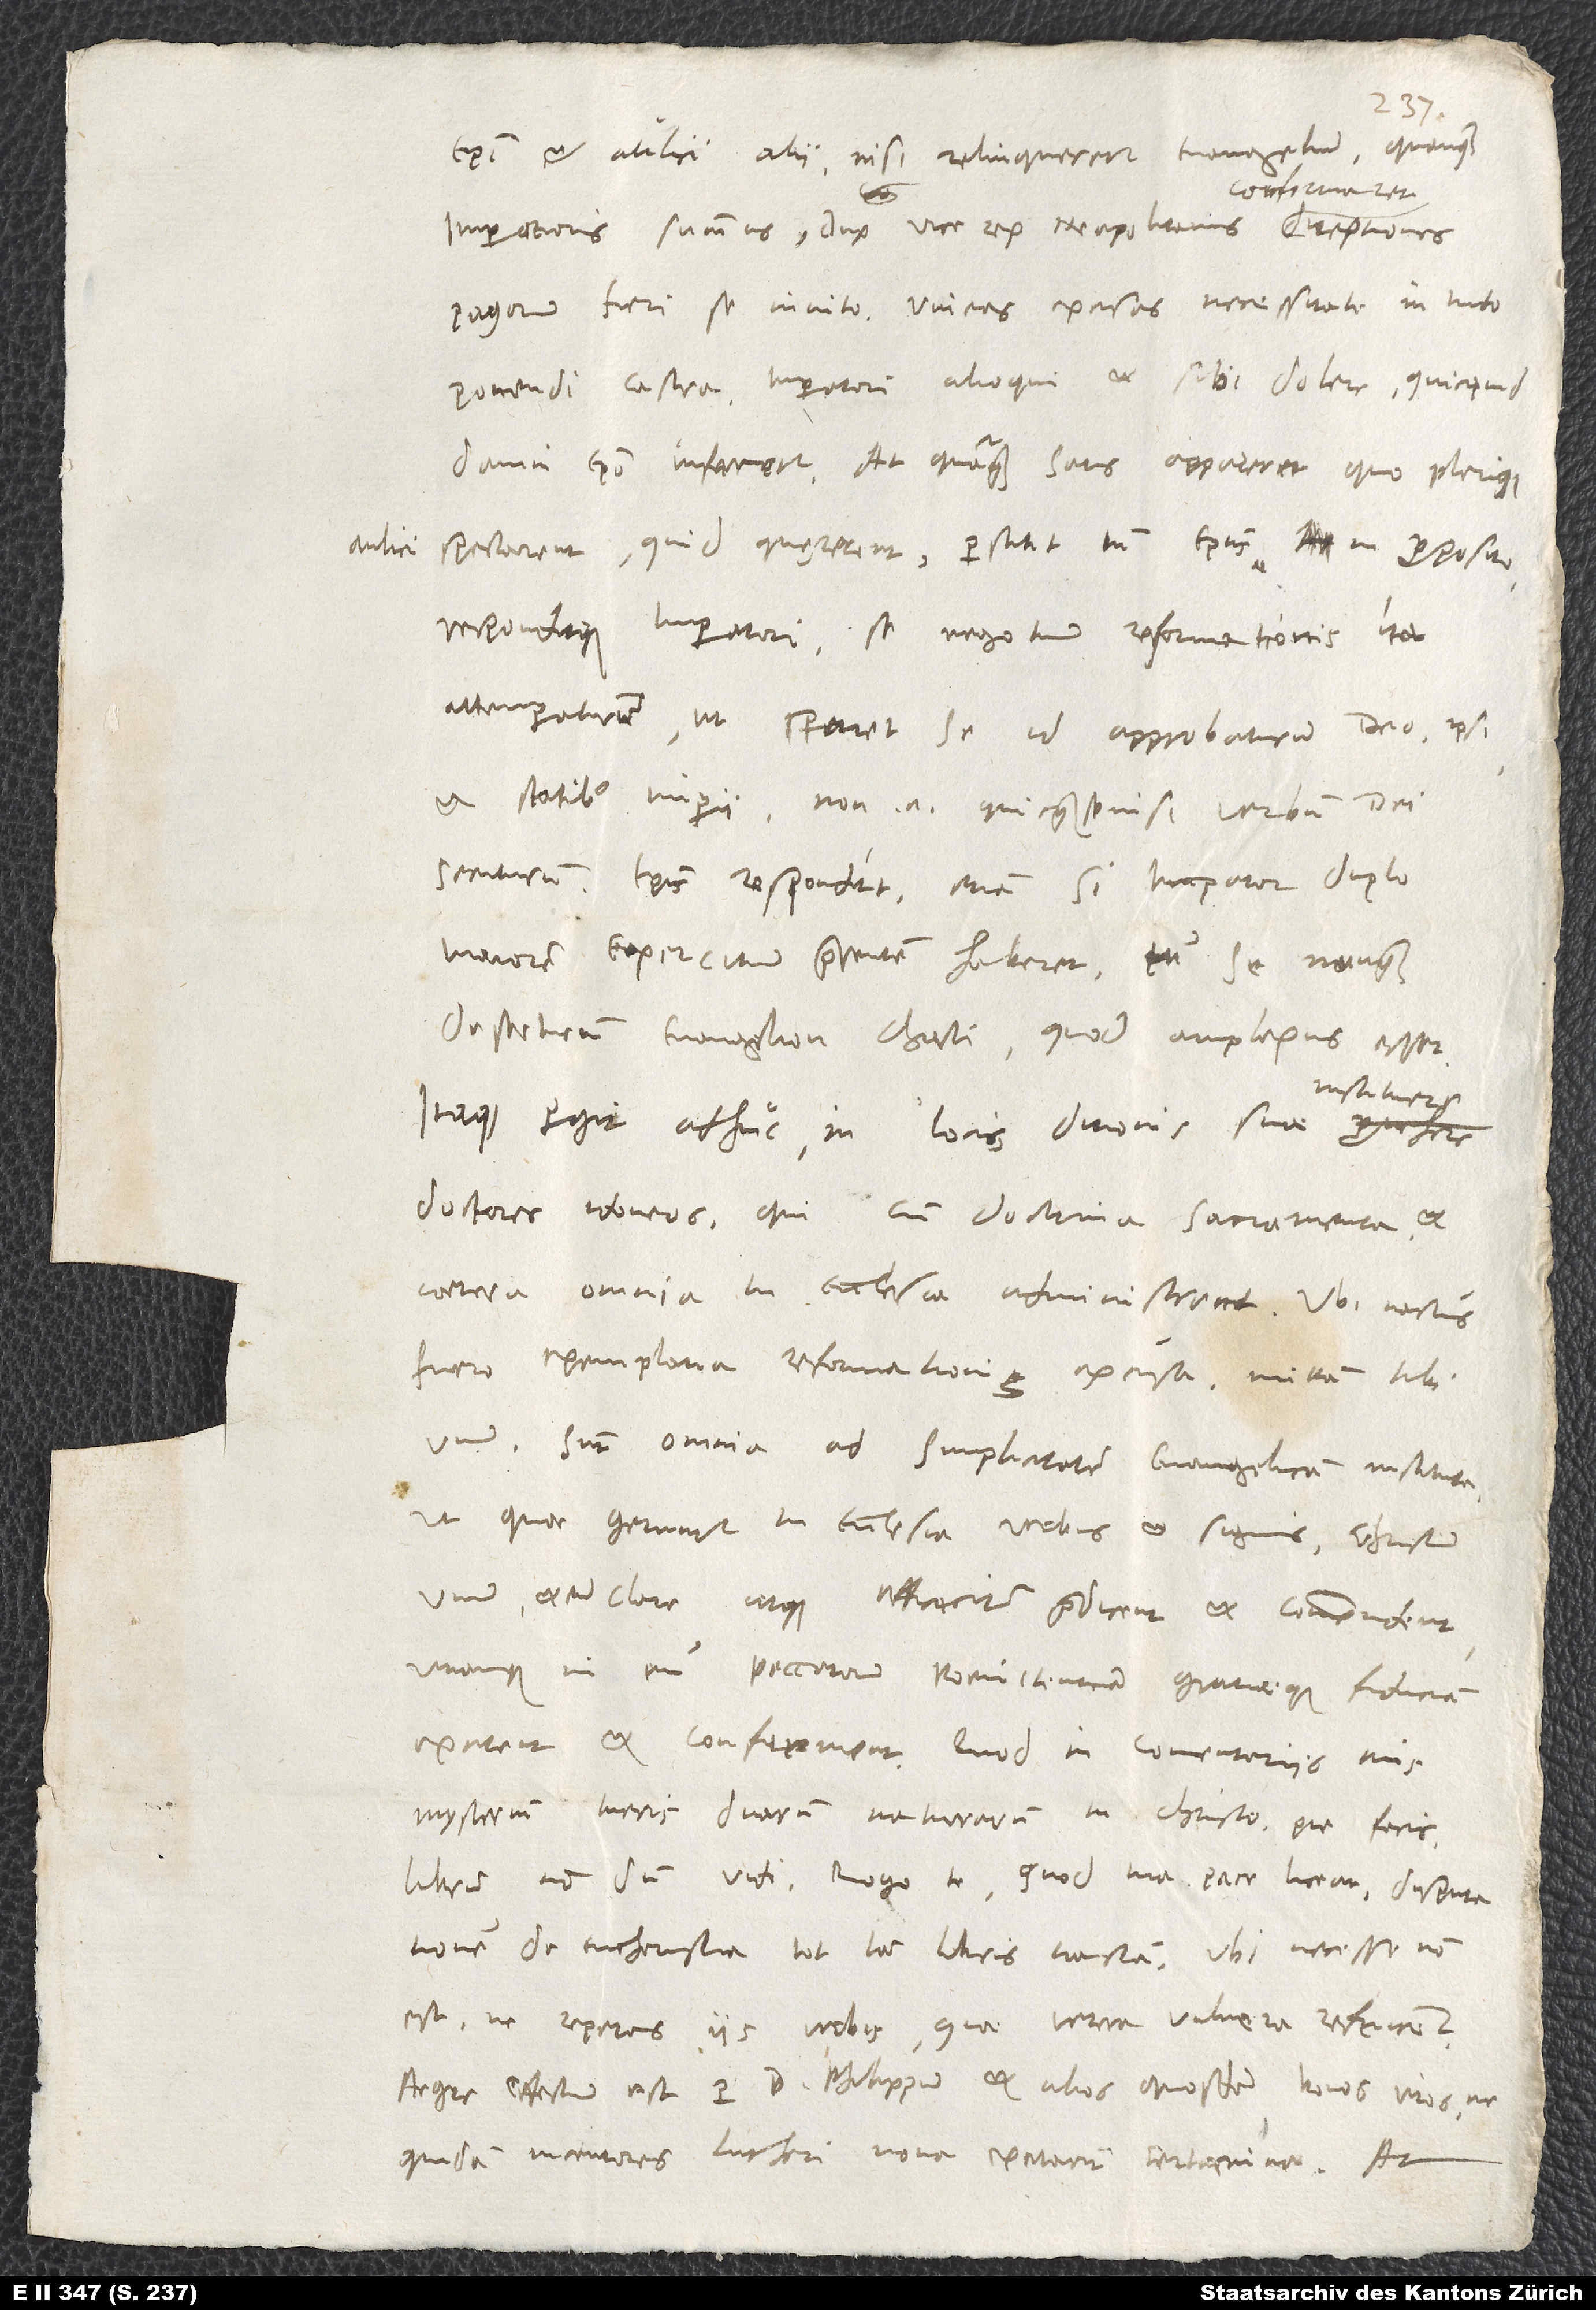
aulici

episcopi et aulici alii, nisi relinqueretur evangelium, quanquam
confirmaret
pagorum fieri se invito, vineas excisas necessitate in tuto
ponendi castra, imperatori alioqui et sibi dolere, quicquid
damni episcopo inferretur. At quanquam satis appareret, quo plerique
spectarent, quid quęrerent, perstitit tamen episcopus in proposito
responditque imperatori se negotium reformationis ita
attemperaturum, ut speraret se id approbaturum deo, ipsi
et statibus imperii; non enim quicquam se nisi verbum dei
secuturum. Episcopus respondit, etiam si imperator duplo
maiorem exercitum praesentem haberet, tamen se nunquam
deserturum euangelion Christi, quod amplexus esset.
instituere
Itaque pergit adhuc in locis ditionis suae
doctores idoneos, qui cum doctrina sacramenta et
caetera omnia in ecclesia administrent. Ubi nactus
fuero exemplaria Reformationis excusa, mittam tibi
unum. Sunt omnia ad simplicitatem evangelicam instituta,
ut, quae geruntur in ecclesia verbis et signis, Christum
unum et eum clare atque efficaciter praedicent et commendent
veramque in eum peccatorum poenitentiam gratiaeque fiduciam
mysterium tueris duarum naturarum in Christo, pie facis;
librum non dum vidi. Rogo te, quod tua pace liceat, disputationem
de eucharistia tot iam libris tractam, ubi necesse non
est, ne repetas iis verbis, quae vetera vulnera refricent.
Aegre effectum est per d. Philippum et alios quosdam bonos viros, ne
quidam incentores Lutheri nova excitarint certamina. At